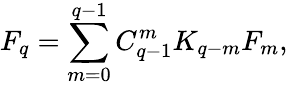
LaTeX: F_{q}=\sum_{m=0}^{q-1}C_{q-1}^{m}K_{q-m}F_{m},